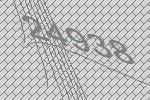
24938